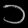
Digit: ၁